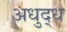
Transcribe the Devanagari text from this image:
अधुद्ध